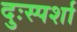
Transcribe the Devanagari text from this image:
दुःस्पर्शा